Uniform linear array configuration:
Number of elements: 64
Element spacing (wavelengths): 0.75
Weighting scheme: hamming
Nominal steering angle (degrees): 15
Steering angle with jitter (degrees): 14.152
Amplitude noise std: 0.05
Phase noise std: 0.05

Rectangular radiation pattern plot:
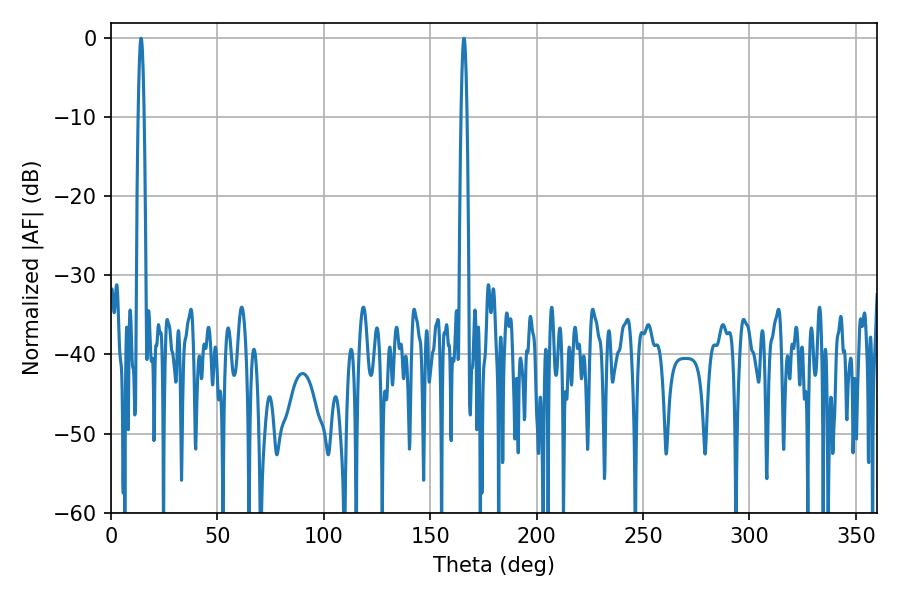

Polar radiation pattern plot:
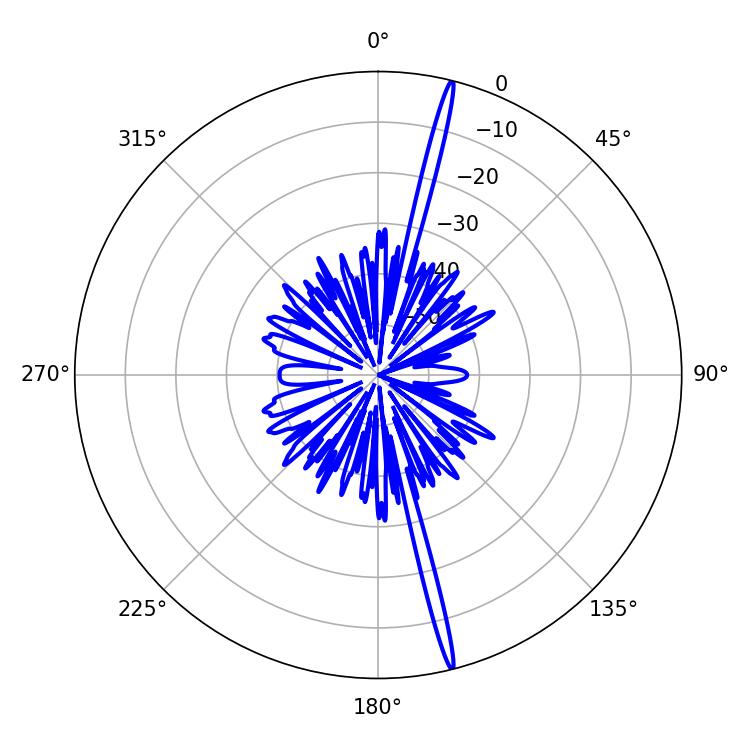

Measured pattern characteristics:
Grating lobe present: TRUE
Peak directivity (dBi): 21.377
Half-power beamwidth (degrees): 1.44
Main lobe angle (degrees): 165.78